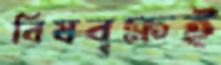
বিষবৃক্ষই